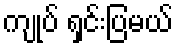
ကျုပ် ရှင်းပြမယ်